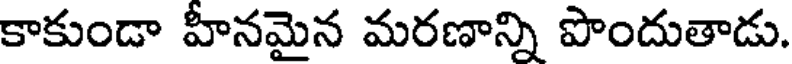
కాకుండా హీనమైన మరణాన్ని పొందుతాడు.